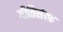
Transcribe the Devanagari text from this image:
गीतिसंग्रह